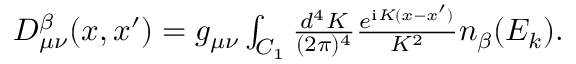
\begin{array} { r } { D _ { \mu \nu } ^ { \beta } ( x , x ^ { \prime } ) = g _ { \mu \nu } \int _ { C _ { 1 } } \frac { d ^ { 4 } K } { ( 2 \pi ) ^ { 4 } } \frac { e ^ { \mathrm { i } K ( x - x ^ { \prime } ) } } { K ^ { 2 } } n _ { \beta } ( E _ { k } ) . } \end{array}